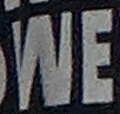
WE